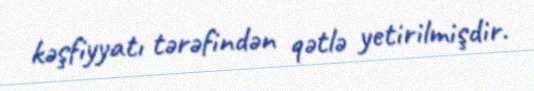
kəşfiyyatı tərəfindən qətlə yetirilmişdir.